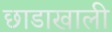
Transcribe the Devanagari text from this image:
छाडाखाली